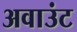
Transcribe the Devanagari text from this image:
अवाउंट